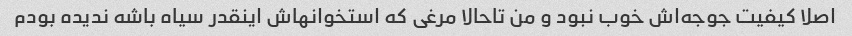
اصلا کیفیت جوجه‌اش خوب نبود و من تاحالا مرغی که استخوانهاش اینقدر سیاه باشه ندیده بودم